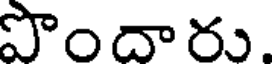
పొందారు.